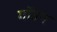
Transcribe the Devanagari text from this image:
गॉउन